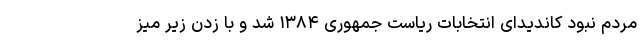
مردم نبود کاندیدای انتخابات ریاست جمهوری ۱۳۸۴ شد و با زدن زیر میز